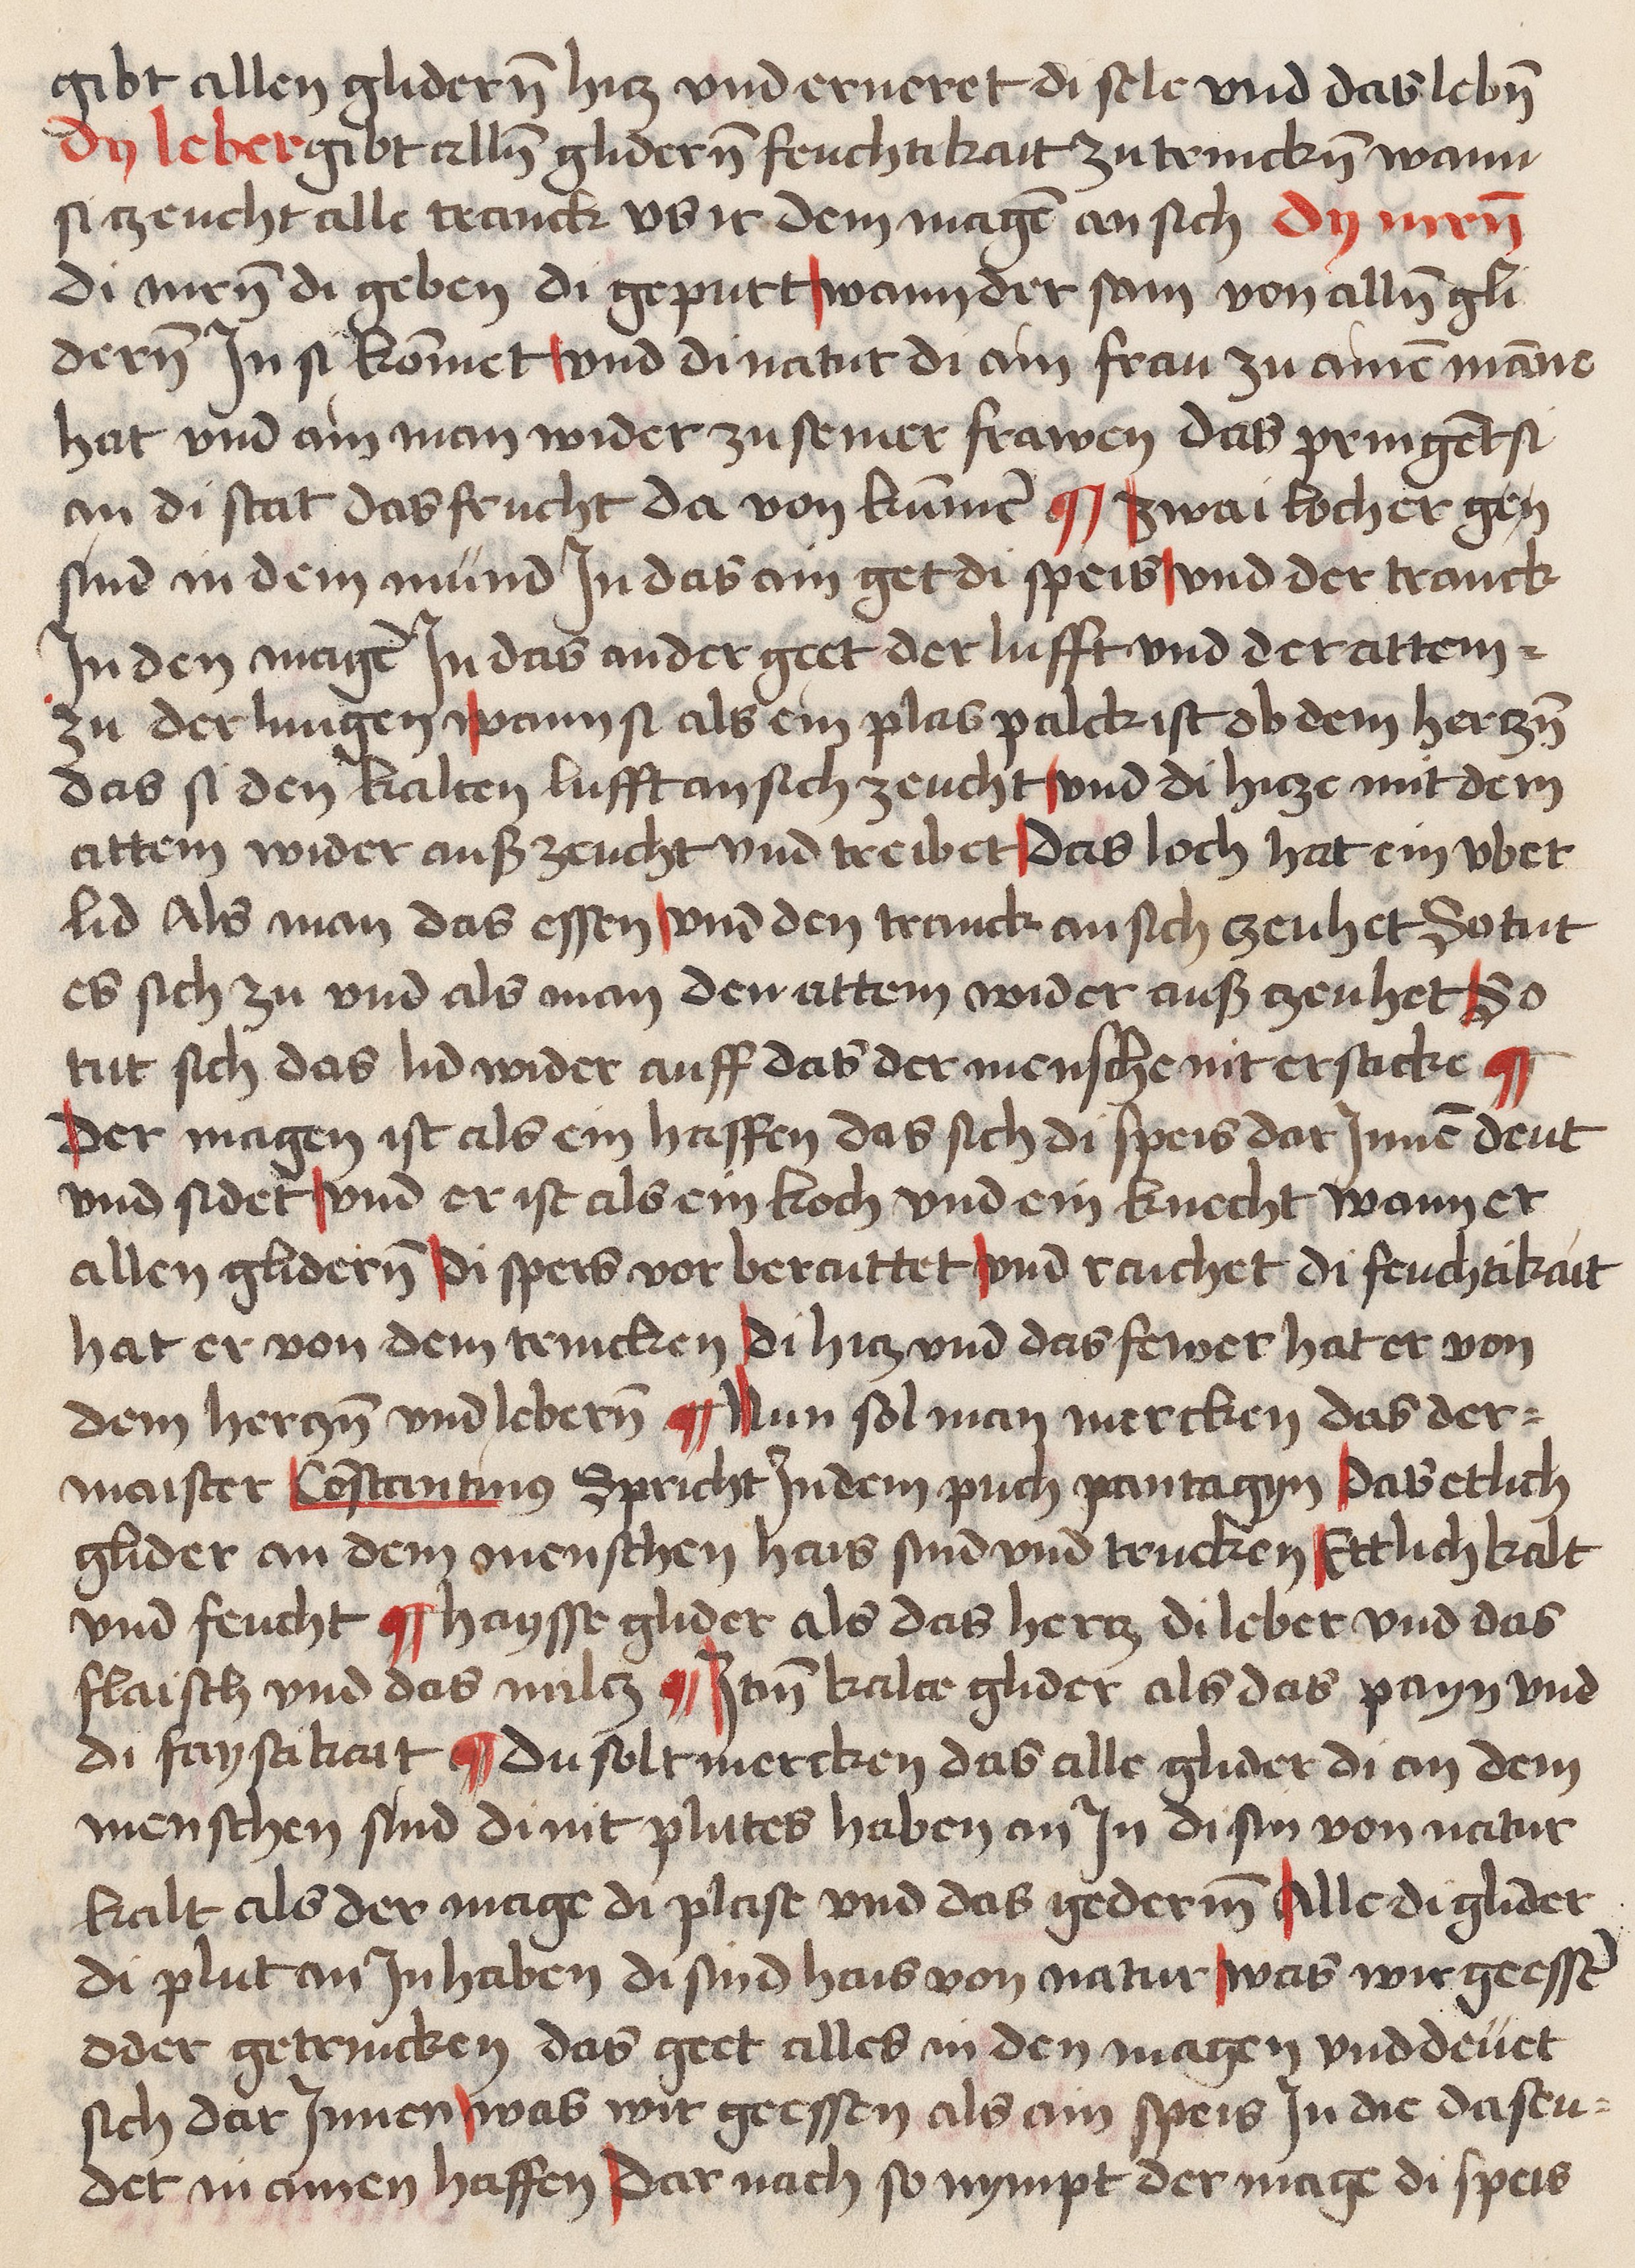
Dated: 1459–1471